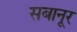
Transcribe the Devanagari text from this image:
सबानूर